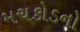
મચકોડનો